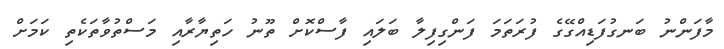
މާފަންނު ބަނގުފަޑިއްގޭގެ ފުރަތަމަ ފަންގިފިލާ ބަލައި ފާސްކޮށް ތޫނު ހަތިޔާރާއި މަސްތުވާތަކެތި ކަމަށް